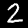
Label: 2